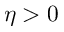
\eta > 0